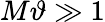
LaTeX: M\vartheta\gg 1